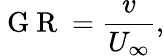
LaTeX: \mathrm{~G~R~}=\frac{v}{U_{\infty}},